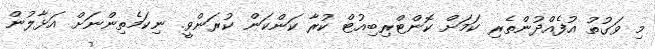
މި ވަގުތު އުފެއްދުންތެރި ކަމަށް ކޮންޓްރިބިއުޓް ކުރާ ކަންކަން ކުރަންވީ. ނިކަމެތިންނަށް އަޅާލުން